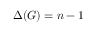
\Delta ( G ) = n - 1